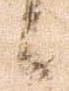
候